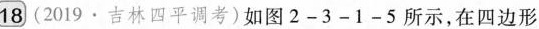
18(2019·吉林四平调考)如图2-3-1-5所示，在四边形